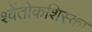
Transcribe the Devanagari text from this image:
श्वेंतोकशिस्का